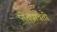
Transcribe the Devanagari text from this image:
पोचपावती